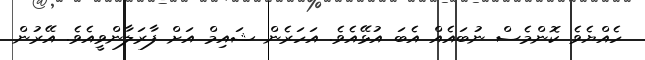
ހެއްޔެވެ ކޮންމެސް ނުބައެއް އެބަ އުޅޭއެވެ. އަހަރެން ޝައިމް އަށް ފާރަލާންވީއެވެ. އޭރުން